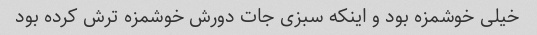
خیلی خوشمزه بود و اینکه سبزی جات دورش خوشمزه ترش کرده بود